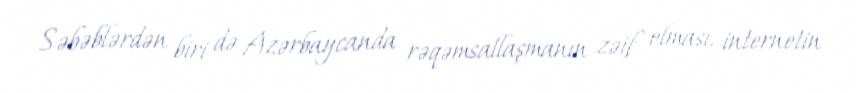
Səbəblərdən biri də Azərbaycanda rəqəmsallaşmanın zəif olması, internetin